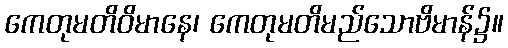
ကေတုမတိဝိမာနေ၊ ကေတုမတိမည်သောဗိမာန်၌။